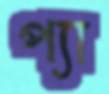
প্যা